Vaccination Hyderabad 1872-1889 - 1872-1889
Year: 1872
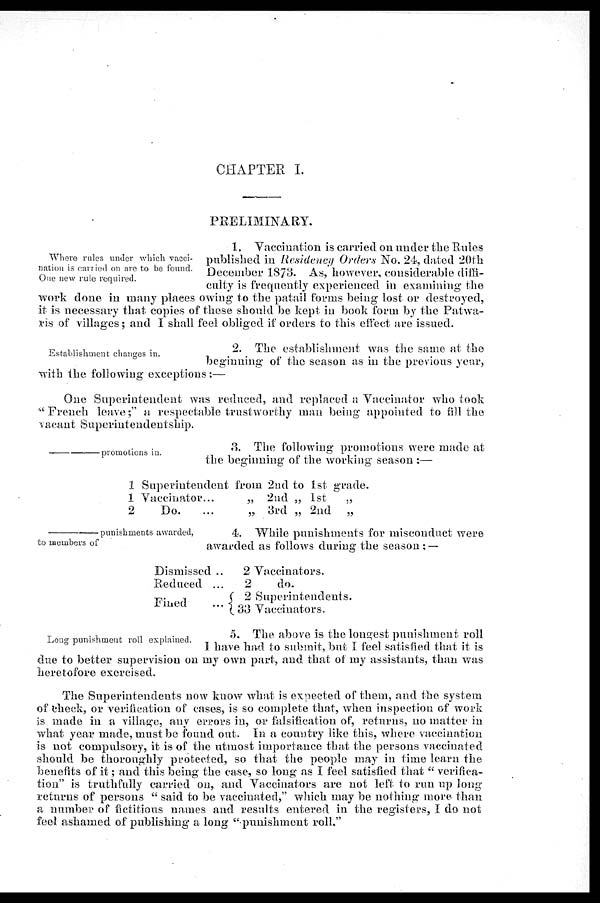
CHAPTER I.
PRELIMINARY.
Where rules under which vacci-
nation is carried on are to be found.
One new rule required.
1. Vaccination is carried on under the Rules
published in Residency Orders No. 24, dated 20th
December 1873. As, however, considerable diffi-
culty is frequently experienced in examining the
work done in many places owing to the patail forms being lost or destroyed,
it is necessary that copies of these should be kept in book form by the Patwa¬
ris of villages; and I shall feel obliged if orders to this effect are issued.
Establishment changes in.
2. The establishment was the same at the
beginning of the season as in the previous year,
with the following exceptions:—
One Superintendent was reduced, and replaced a Vaccinator who took
" French leave;" a respectable trustworthy man being appointed to fill the
vacant Superintendentship.
—promotions in.
3. The following promotions were made at
the beginning of the working season :—
1
1
2
Superintendent from 2nd to 1st grade.
Vaccinator...
„ 2nd „ 1st
„
Do.
...
„ 3rd „ 2nd „
—punishments awarded,
to members of
4. While punishments for misconduct were
awarded as follows during the season: —
Dismissed ..
Reduced ...
Fined
...
2 Vaccinators.
2
do.
2 Superintendents.
33 Vaccinators.
Long punishment roll explained.
5. The above is the longest punishment roll
I have had to submit, but I feel satisfied that it is
due to better supervision on my own part, and that of my assistants, than was
heretofore exercised.
The Superintendents now know what is expected of them, and the system
of check, or verification of cases, is so complete that, when inspection of work
is made in a village, any errors in, or falsification of, returns, no matter in
what year made, must be found out. In a country like this, where vaccination
is not compulsory, it is of the utmost importance that the persons vaccinated
should be thoroughly protected, so that the people may in time learn the
benefits of it; and this being the case, so long as I feel satisfied that " verifica-
tion" is truthfully carried on, and Vaccinators are not left to run up long
returns of persons " said to be vaccinated," which may be nothing more than
a number of fictitious names and results entered in the registers, I do not
feel ashamed of publishing a long "punishment roll."